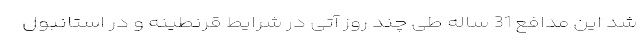
شد این مدافع 31 ساله طی چند روز آتی در شرایط قرنطینه و در استانبول